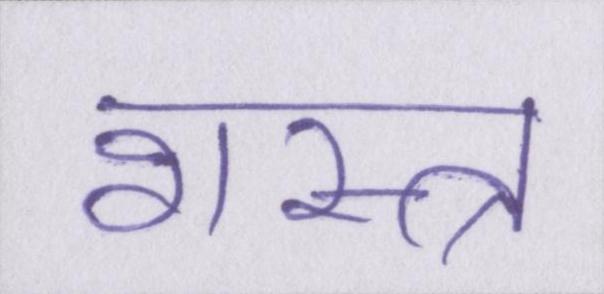
शस्त्र